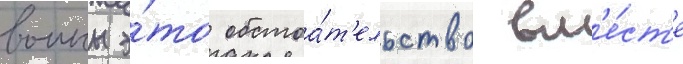
воины э́то обстоа́т'ельство вм'е́ст'е